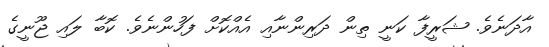
އާދަނެވެ. ޝަރީފާ ކަނީ ތިން ދަރިންނާއި އެއްކޮށް ފަހުންނެވެ. ކޮބާ ލައި ޖޫނީގެ